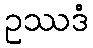
ဥဿဒံ